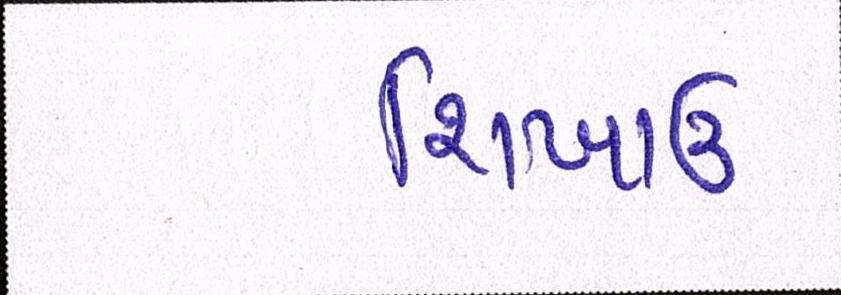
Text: શિખાઉ